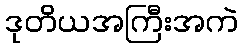
ဒုတိယအကြီးအကဲ